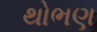
થોભણ